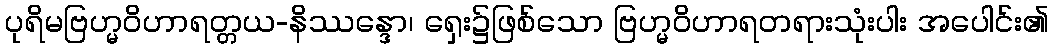
ပုရိမဗြဟ္မဝိဟာရတ္တယ-နိဿန္ဒော၊ ရှေး၌ဖြစ်သော ဗြဟ္မဝိဟာရတရားသုံးပါး အပေါင်း၏